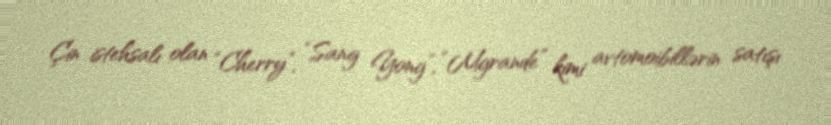
Çin istehsalı olan “Cherry”, “Sang Yong”, “Mgrande” kimi avtomoibillərin satışı